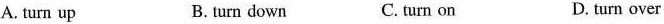
A. turn up B. turn down C. turn on D.turn over